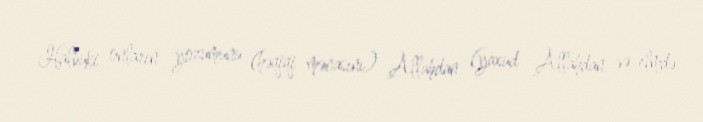
Halbuki onların yozumunu (həqiqi mənasını) Allahdan (yaxud Allahdan və elmdə